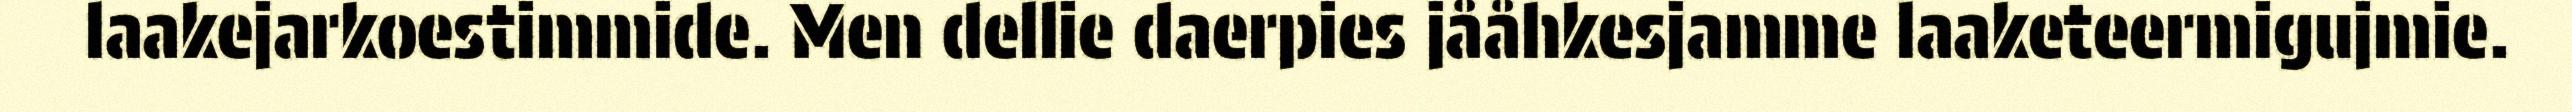
laakejarkoestimmide. Men dellie daerpies jååhkesjamme laaketeermigujmie.